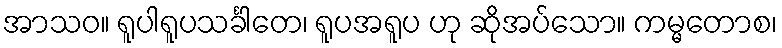
အာသဝ။ ရူပါရူပသင်္ခါတေ၊ ရူပအရူပ ဟု ဆိုအပ်သော။ ကမ္မတောစ၊